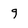
Character: 9